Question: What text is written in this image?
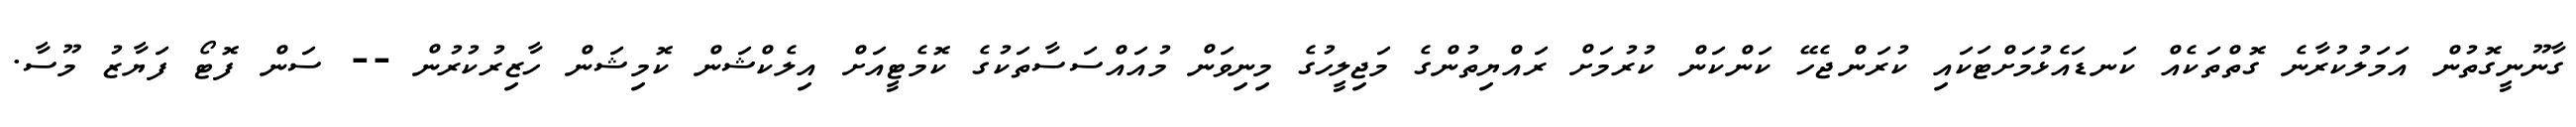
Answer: ގާނޫނީގޮތުން އަމަލުކުރާނެ ގޮތްތަކެއް ކަނޑައެޅުމަށްޓަކައި ކުރަންޖެހޭ ކަންކަން ކުރުމަށް ރައްޔިތުންގެ މަޖިލީހުގެ މިނިވަން މުއައްސަސާތަކުގެ ކޮމެޓީއަށް އިލެކްޝަން ކޮމިޝަން ހާޒިރުކުރުން -- ސަން ފޮޓޯ ފަޔާޒު މޫސާ.